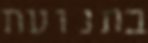
בתנועת